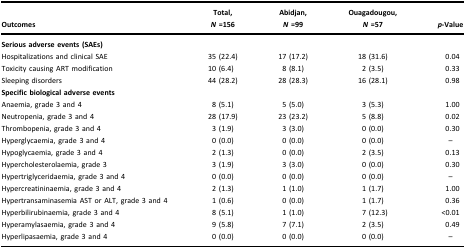
|  | Total, | Abidjan, | Ouagadougou, |  |
 | Outcomes | N =156 | N =99 | N =57 | p-Value |
 | --- | --- | --- | --- | --- |
 | Serious adverse events (SAEs) |  |  |  |  |
 | Hospitalizations and clinical SAE | 35 (22.4) | 17 (17.2) | 18 (31.6) | 0.04 |
 | Toxicity causing ART modification | 10 (6.4) | 8 (8.1) | 2 (3.5) | 0.33 |
 | Sleeping disorders | 44 (28.2) | 28 (28.3) | 16 (28.1) | 0.98 |
 | Specific biological adverse events |  |  |  |  |
 | Anaemia, grade 3 and 4 | 8 (5.1) | 5 (5.0) | 3 (5.3) | 1.00 |
 | Neutropenia, grade 3 and 4 | 28 (17.9) | 23 (23.2) | 5 (8.8) | 0.02 |
 | Thrombopenia, grade 3 and 4 | 3 (1.9) | 3 (3.0) | 0 (0.0) | 0.30 |
 | Hyperglycaemia, grade 3 and 4 | 0 (0.0) | 0 (0.0) | 0 (0.0) | – |
 | Hypoglycaemia, grade 3 and 4 | 2 (1.3) | 0 (0.0) | 2 (3.5) | 0.13 |
 | Hypercholesterolaemia, grade 3 | 3 (1.9) | 3 (3.0) | 0 (0.0) | 0.30 |
 | Hypertriglyceridaemia, grade 3 and 4 | 0 (0.0) | 0 (0.0) | 0 (0.0) | – |
 | Hypercreatininaemia, grade 3 and 4 | 2 (1.3) | 1 (1.0) | 1 (1.7) | 1.00 |
 | Hypertransaminasemia AST or ALT, grade 3 and 4 | 1 (0.6) | 0 (0.0) | 1 (1.7) | 0.36 |
 | Hyperbilirubinaemia, grade 3 and 4 | 8 (5.1) | 1 (1.0) | 7 (12.3) | <0.01 |
 | Hyperamylasaemia, grade 3 and 4 | 9 (5.8) | 7 (7.1) | 2 (3.5) | 0.49 |
 | Hyperlipasaemia, grade 3 and 4 | 0 (0.0) | 0 (0.0) | 0 (0.0) | – |